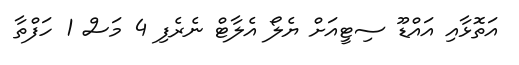
އަތޮޅާއި އައްޑޫ ސިޓީއަށް ޔެލޯ އެލާޓް ނެރެފި 4 މަސް 1 ހަފްތާ